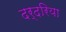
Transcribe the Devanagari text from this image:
दर्दरिया